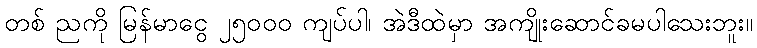
တစ် ညကို မြန်မာငွေ ၂၅၀၀၀ ကျပ်ပါ၊ အဲဒီထဲမှာ အကျိုးဆောင်ခမပါသေးဘူး။